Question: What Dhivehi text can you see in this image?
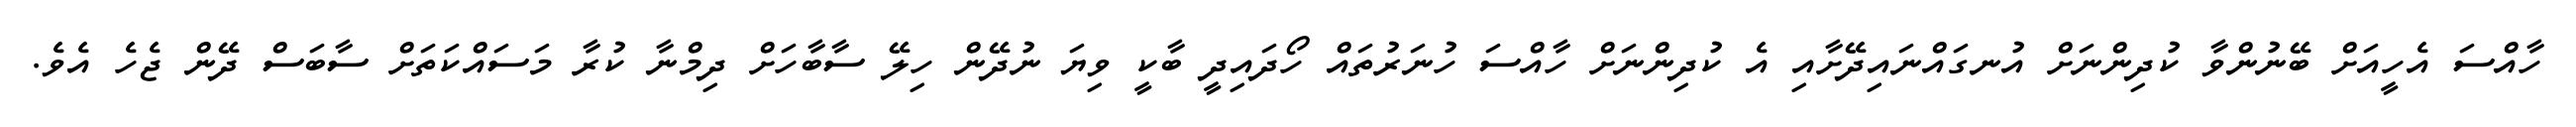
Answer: ހާއްސަ އެހީއަށް ބޭނުންވާ ކުދިންނަށް އުނގައްނައިދޭށާއި އެ ކުދިންނަށް ހާއްސަ ހުނަރުތައް ހޯދައިދީ ބާކީ ވިޔަ ނުދޭން ހިލޭ ސާބާހަށް ދިމްނާ ކުރާ މަސައްކަތަށް ސާބަސް ދޭން ޖެހެ އެވެ.